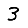
Digit: 3